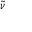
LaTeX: \scriptstyle { \tilde { \nu } }